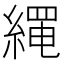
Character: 𦃰